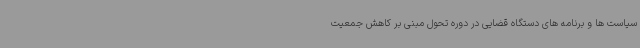
سیاست ها و برنامه های دستگاه قضایی در دوره تحول مبنی بر کاهش جمعیت